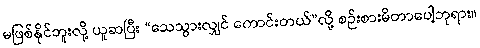
မဖြစ်နိုင်ဘူးလို့ ယူဆပြီး “သေသွားလျှင် ကောင်းတယ်”လို့ စဉ်းစားမိတာပေါ့ဘုရား။